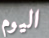
اليوم